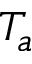
T _ { a }